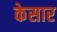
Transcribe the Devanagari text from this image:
केसार